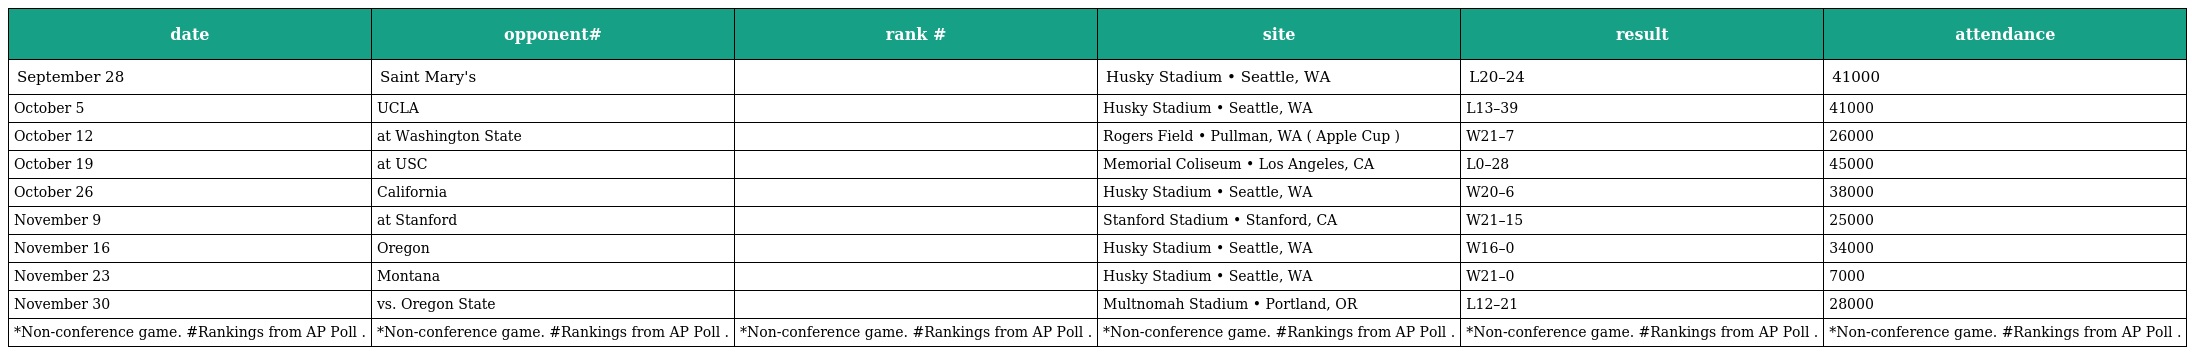
| date | opponent# | rank # | site | result | attendance |
 | --- | --- | --- | --- | --- | --- |
 | September 28 | Saint Mary's |  | Husky Stadium • Seattle, WA | L20–24 | 41000 |
 | October 5 | UCLA |  | Husky Stadium • Seattle, WA | L13–39 | 41000 |
 | October 12 | at Washington State |  | Rogers Field • Pullman, WA ( Apple Cup ) | W21–7 | 26000 |
 | October 19 | at USC |  | Memorial Coliseum • Los Angeles, CA | L0–28 | 45000 |
 | October 26 | California |  | Husky Stadium • Seattle, WA | W20–6 | 38000 |
 | November 9 | at Stanford |  | Stanford Stadium • Stanford, CA | W21–15 | 25000 |
 | November 16 | Oregon |  | Husky Stadium • Seattle, WA | W16–0 | 34000 |
 | November 23 | Montana |  | Husky Stadium • Seattle, WA | W21–0 | 7000 |
 | November 30 | vs. Oregon State |  | Multnomah Stadium • Portland, OR | L12–21 | 28000 |
 | *Non-conference game. #Rankings from AP Poll . | *Non-conference game. #Rankings from AP Poll . | *Non-conference game. #Rankings from AP Poll . | *Non-conference game. #Rankings from AP Poll . | *Non-conference game. #Rankings from AP Poll . | *Non-conference game. #Rankings from AP Poll . |